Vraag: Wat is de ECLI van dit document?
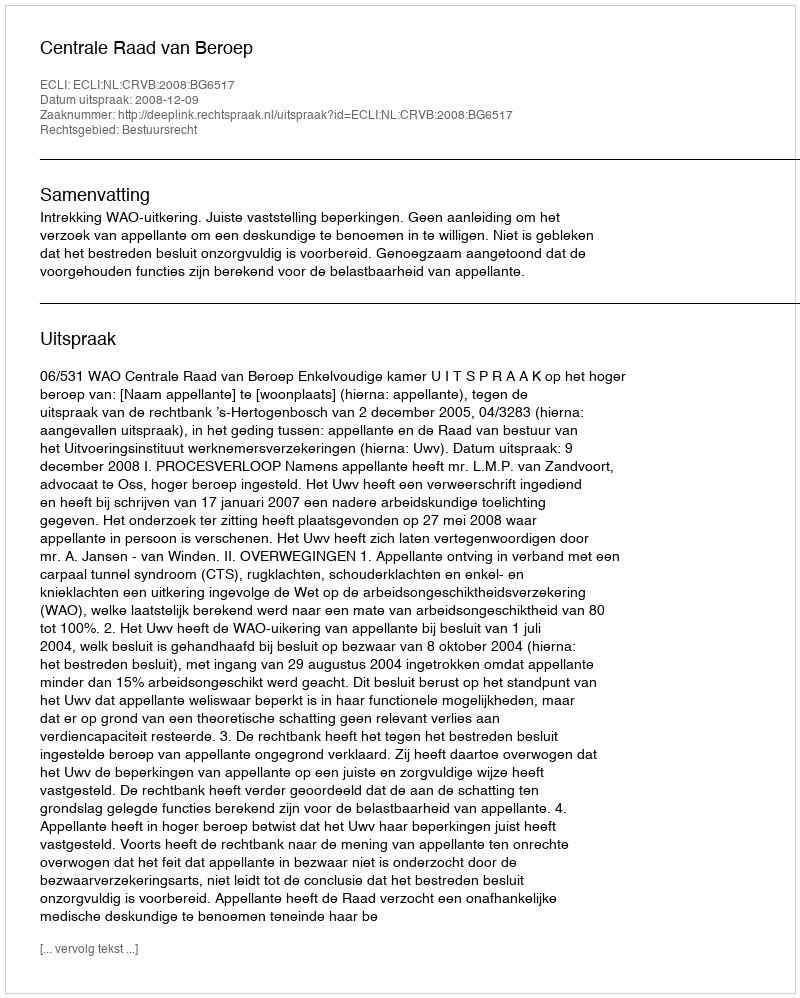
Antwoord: ECLI:NL:CRVB:2008:BG6517